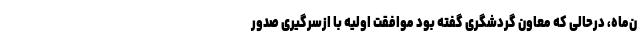
ن‌ماه، درحالی که معاون گردشگری گفته بود موافقت اولیه با ازسرگیری صدور